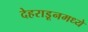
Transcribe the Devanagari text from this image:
देहराडूनमध्ये